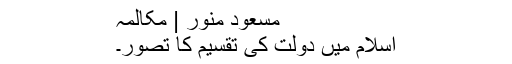
مسعود منور | مکالمہ
اسلام میں دولت کی تقسیم کا تصور۔